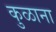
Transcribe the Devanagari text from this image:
कुळाना